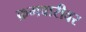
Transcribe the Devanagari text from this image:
क्रमवारीवर